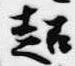
超